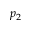
p _ { 2 }